Document type: Sale
Year: 1423
Scribe: Joan Franc
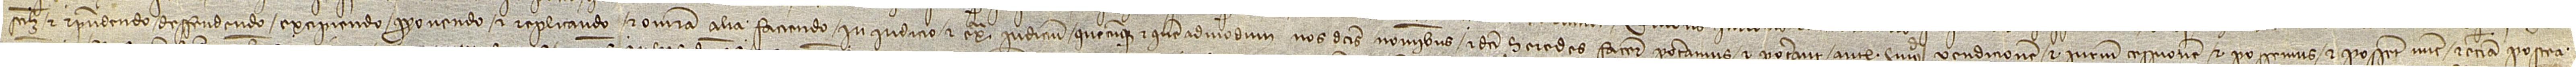
scilicet, et respondendo, deffendendo, excipiendo, proponendo et replicando, et omnia alia faciendo, in iudicio et extra iudicium, quecumque et quemadmodum nos dictis nominibus et dicti heredes facere poteramus et poterant ante huiusmodi vendicionem et iurium cessionem, et possemus et possent nunc et etiam postea